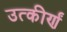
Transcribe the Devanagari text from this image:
उत्कीर्णं